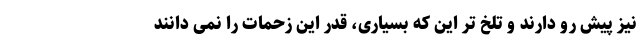
نیز پیش رو دارند و تلخ تر این که بسیاری، قدر این زحمات را نمی دانند